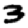
Digit: 3